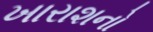
ખારાશનો